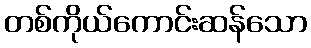
တစ်ကိုယ်ကောင်းဆန်သော